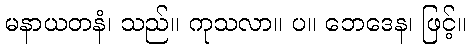
မနာယတနံ၊ သည်။ ကုသလာ။ ပ။ ဘေဒေန၊ ဖြင့်။